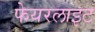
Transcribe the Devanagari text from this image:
फेयरलाइट